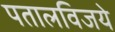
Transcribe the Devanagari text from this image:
पतालविजये